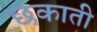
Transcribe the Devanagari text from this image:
छकाती